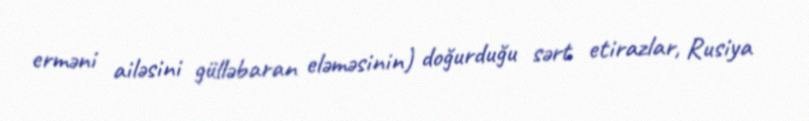
erməni ailəsini gülləbaran eləməsinin) doğurduğu sərt etirazlar, Rusiya